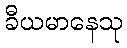
ခီယမာနေသု